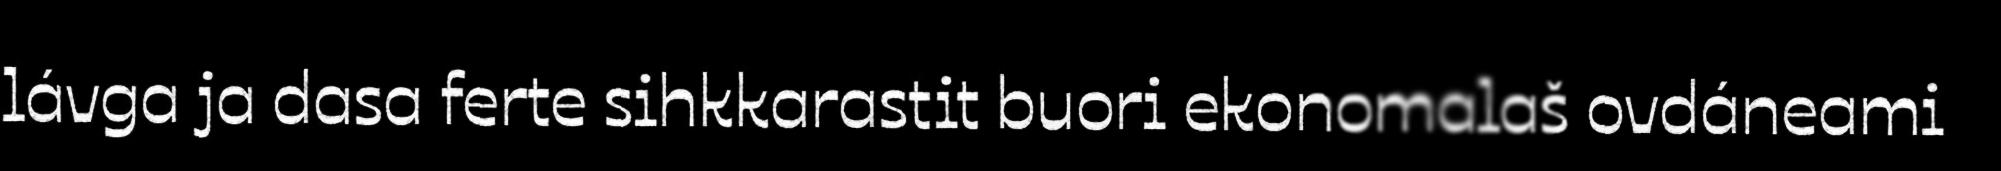
lávga ja dasa ferte sihkkarastit buori ekonomalaš ovdáneami